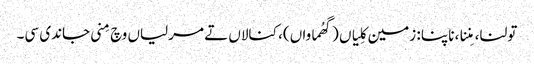
تولنا، مِننا، ناپنا : زمین کِلیاں (گھُماواں)، کنالاں تے مرلیاں وچ مِنی جاندی سی۔